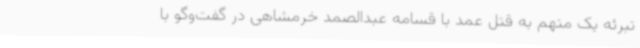
تبرئه یک متهم به قتل عمد با قسامه عبدالصمد خرمشاهی در گفت‌وگو با